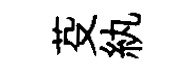
芟紈